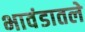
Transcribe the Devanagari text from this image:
भावंडातले